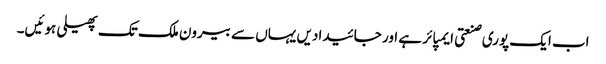
اب ایک پوری صنعتی ایمپائر ہے اور جائیدادیں یہاں سے بیرون ملک تک پھیلی ہوئیں۔